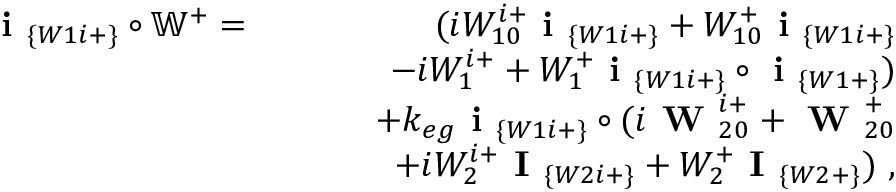
\begin{array} { r l r } { \textbf { i } _ { \{ W 1 i + \} } \circ \mathbb { W } ^ { + } = } & { } & { ( i W _ { 1 0 } ^ { i + } \textbf { i } _ { \{ W 1 i + \} } + W _ { 1 0 } ^ { + } \textbf { i } _ { \{ W 1 i + \} } } \\ & { } & { ~ ~ ~ ~ ~ ~ - i W _ { 1 } ^ { i + } + W _ { 1 } ^ { + } \textbf { i } _ { \{ W 1 i + \} } \circ \textbf { i } _ { \{ W 1 + \} } ) } \\ & { } & { + k _ { e g } \textbf { i } _ { \{ W 1 i + \} } \circ ( i \textbf { W } _ { 2 0 } ^ { i + } + \textbf { W } _ { 2 0 } ^ { + } } \\ & { } & { ~ ~ ~ ~ ~ ~ + i W _ { 2 } ^ { i + } \textbf { I } _ { \{ W 2 i + \} } + W _ { 2 } ^ { + } \textbf { I } _ { \{ W 2 + \} } ) ~ , } \end{array}